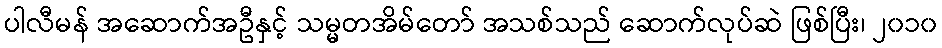
ပါလီမန် အဆောက်အဦနှင့် သမ္မတအိမ်တော် အသစ်သည် ဆောက်လုပ်ဆဲ ဖြစ်ပြီး၊ ၂၀၁၀